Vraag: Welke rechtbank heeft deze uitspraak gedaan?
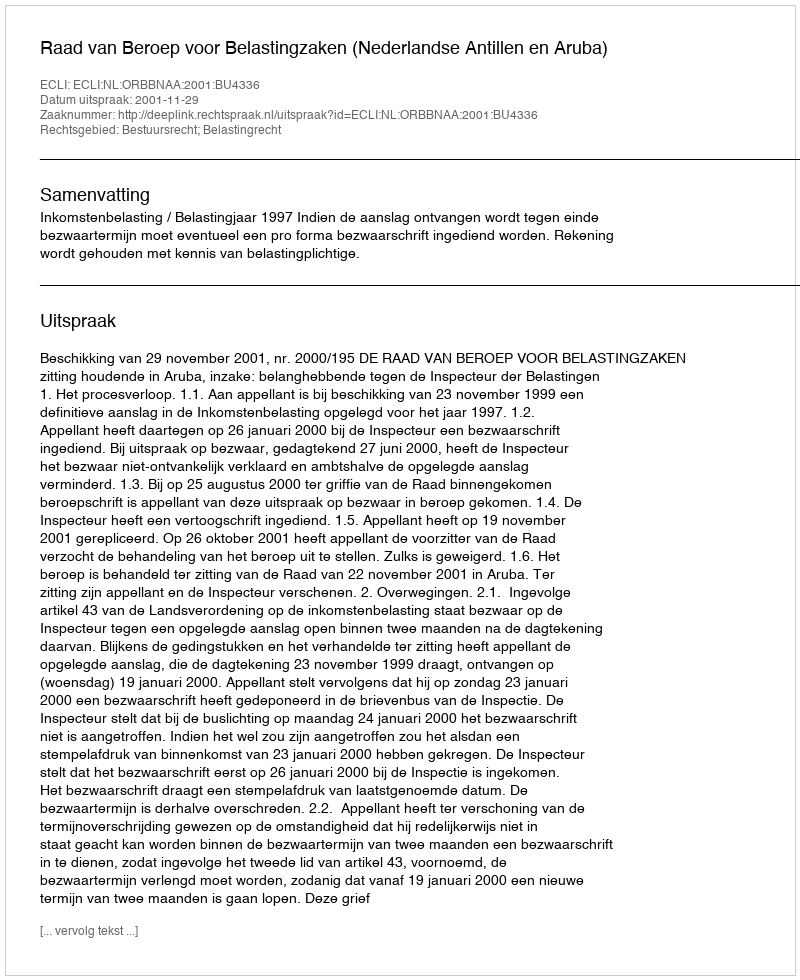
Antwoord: Raad van Beroep voor Belastingzaken (Nederlandse Antillen en Aruba)